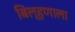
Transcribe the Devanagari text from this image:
बिल्हणाला